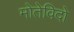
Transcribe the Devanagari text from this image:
मोतेविदो